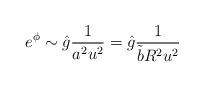
LaTeX: \begin{align*}e^{\phi} \sim \hat{g} \frac{1}{a^{2}u^{2}} =\hat{g} \frac{1}{\tilde{b}R^{2} u^{2}}\end{align*}